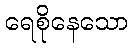
ရေစိုနေသော